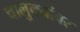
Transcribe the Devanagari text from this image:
चालुक्यांवर